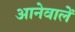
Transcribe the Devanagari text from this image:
आनेवालें